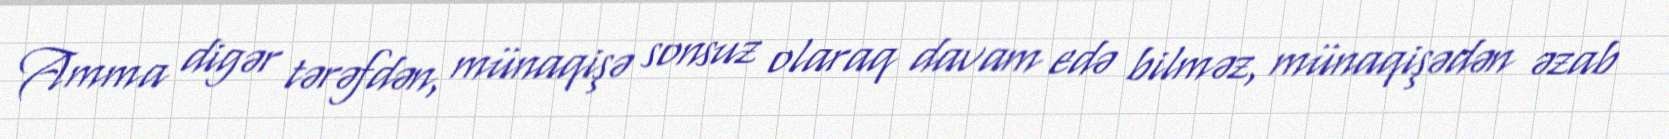
Amma digər tərəfdən, münaqişə sonsuz olaraq davam edə bilməz, münaqişədən əzab